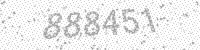
Solution: 888451